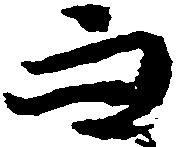
而